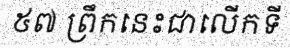
៥៧ ព្រឹកនេះជាលើកទី